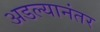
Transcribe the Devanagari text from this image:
अडल्यानंतर